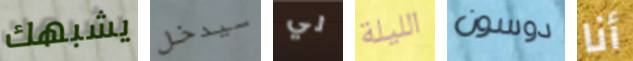
يشبهك سيدخل لي الليلة دوسون أنا